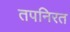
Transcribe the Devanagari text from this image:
तपनिरत